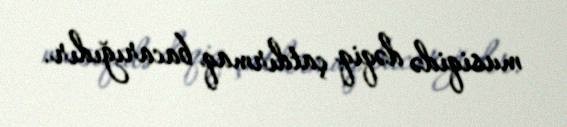
musiqidə dəqiq çatdırmaq bacarığıdır.